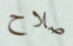
صلاح